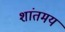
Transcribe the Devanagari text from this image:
शांतमय